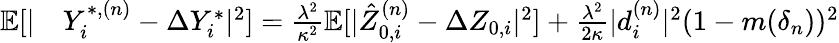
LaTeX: \begin{array}{rl}{\mathbb{E}[\vert}&{Y_{i}^{\ast,(n)}-\Delta Y_{i}^{\ast}\vert^{2}]=\frac{\lambda^{2}}{\kappa^{2}}\mathbb{E}[\vert\hat{Z}_{0,i}^{(n)}-\Delta Z_{0,i}\vert^{2}]+\frac{\lambda^{2}}{2\kappa}\vert d_{i}^{(n)}\vert^{2}(1-m(\delta_{n}))^{2}}\end{array}